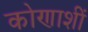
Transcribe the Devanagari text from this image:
कोणाशीं